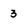
Character: 3